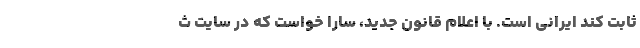
ثابت كند ايراني است. با اعلام قانون جديد، سارا خواست كه در سايت ث